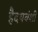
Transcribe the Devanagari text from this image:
हैदयवंशी